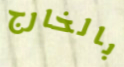
بالخارج